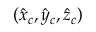
( \hat { x } _ { c } , \hat { y } _ { c } , \hat { z } _ { c } )